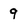
Character: 9